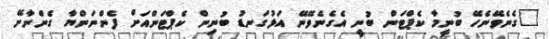
"ގެނެވޭނެހޭ ބުނީމާ ކެޕްޓަން ބުނީ އެގެނެވޭނޭ އަޅުގަނޑު ބުނިން ކެޕްޓަންއަށް ފެންނަންޔާ ގެންނާށޭ